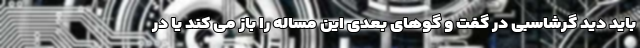
باید دید گرشاسبی در گفت و گوهای بعدی این مساله را باز می کند یا در